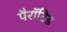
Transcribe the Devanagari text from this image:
पैरॉटिड